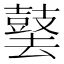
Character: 䵽